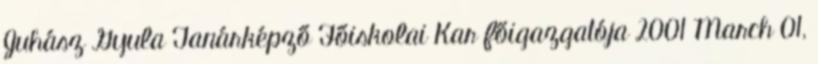
Juhász Gyula Tanárképző Főiskolai Kar főigazgatója 2001 March 01,